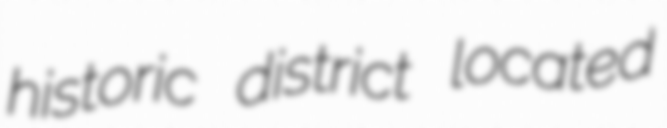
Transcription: historic district located